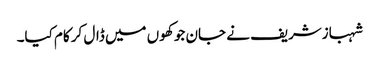
شہبازشریف نے جان جو کھوں میں ڈال کر کام کیا۔